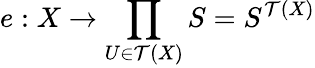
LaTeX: e:X\to\prod_{U\in{\mathcal{T}}(X)}S=S^{{\mathcal{T}}(X)}